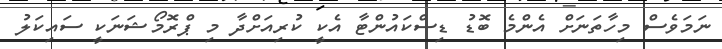
ނަމަވެސް މިހާތަނަށް އެންމެ ބޮޑު ޑިސްކައުންޓާ އެކީ ކުރިއަށްދާ މި ޕްރޮމޯޝަނަކީ ސައިކަލު